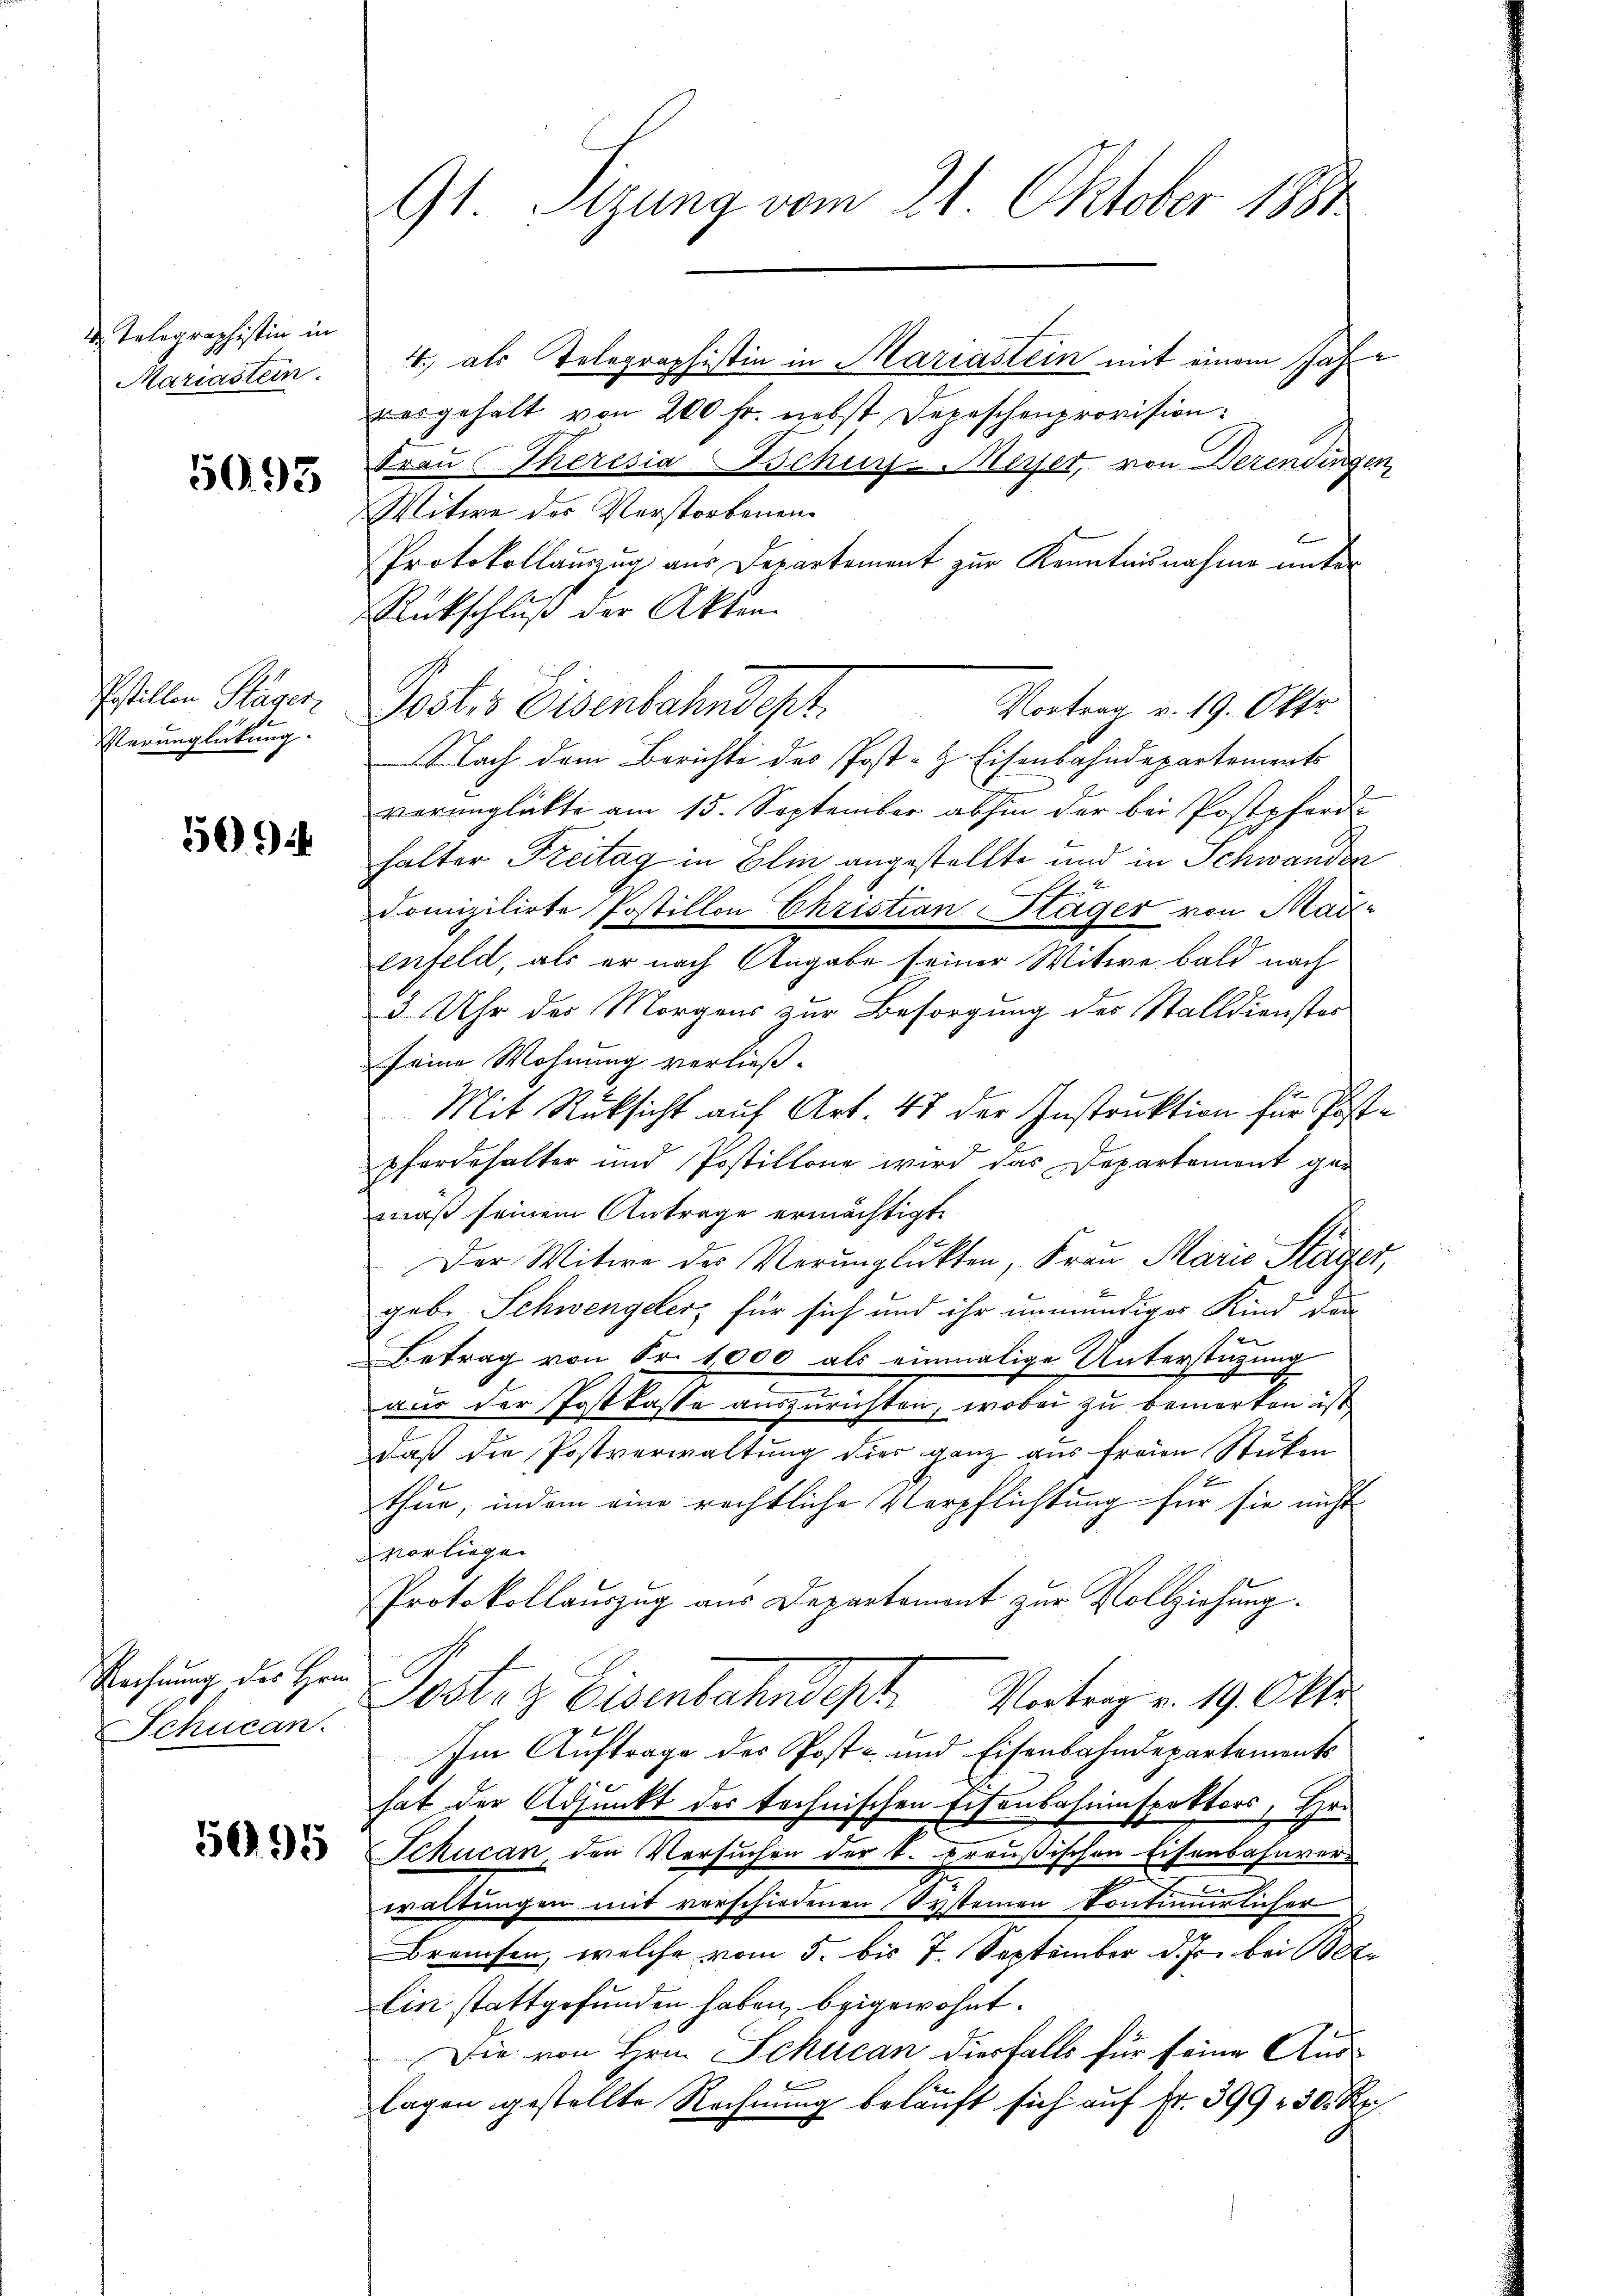
Telegraphistin in
Mariastein.

5993

Postillen Hager
Verunglückung.

5694

Rechnung des Hrn.
Schucan.

595

91. Sizung vom 21. Oktober 1891

4., als Telegraphistin in Mariastein mit einem Jahvergehalt von 200 fr. nebst Depeschenprovision:
Frau Theresia Schurs-Meyer, von Derendingen
Witwe des Verstorbenen
Protokollauszug aus Departement zur Kenntnisnahme unter
Rückschluß der Akten.
Postis Eisenbahndept.
Nach dem Berichte des Post-H. Eisenbahndepartements
verunglückte am 15. September abhin der bei Postpferden
halter Freitag in Elin angestellte und in Schwandea
domizilirte Postillon Christian Stäger von Maienfeld, als er nach Angabe seiner Witwe bald nach
3. Uhr des Morgens zur Besorgung des Stalldienster
seine Wohnung verließ.
Mit Rüksicht auf Art. 48 der Instruktion für Postpferdehalter und Postillone wird das Departement ger
mäß seinem Antrage ermächtigt.
Der Witwe der Verunglükten, Frau Marie Hager,
gebe Schwengeler, für sich und ihr unmündiges Kind den
Betrag von Fr. 1000 als einmalige Unterstützung
aus der Postkasse auszurichten, wobei zu bemerken ist
daß die Postverwaltung dies ganz aus freien Stücken
x
thue, indem eine rechtliche Verpflichtung für sie nicht
vorliegen
Protokollauszug aus Departement zur Vollziehung.
Pestat. Eisenbahndep
Vortrag v. 19. Okto
Im Auftrage des Post- und Eisenbahndepartements
hat der Adjunkt der technischen Eisenbahninspektors, Hr.
Schucan den Versuchen der k. preußischen Eisenbahnvere
waltungen mit verschiedenen Systemen kontimirlicher
Brauchen, welche vom 5. bis 7. September d. Js. bei
Ein stattgefunden haben, beigewohnt.
Die von Hrn. Schucan diesfalls für seine Auslagen gestellte Rechnung belauft sich auf Fr. 399, 30 Rp.

Vortrag v. 19. Okto